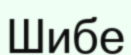
Шибе